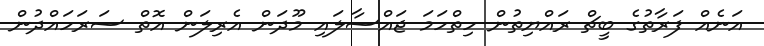
އަނެއް ފަރާތުގެ ބީޗް ރައްޔިތުން ހިތްހަމަ ޖައްސާލައި މޫދަން އެރިލަން އޮތް ސަރަހައްދުން